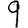
Digit: 9